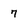
Character: 7